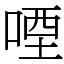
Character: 㖶